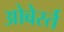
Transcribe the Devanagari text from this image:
ओबेर्स्त